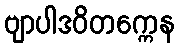
ဗျာပါဒဝိတက္ကေန